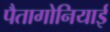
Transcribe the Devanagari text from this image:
पैतागोनियाई